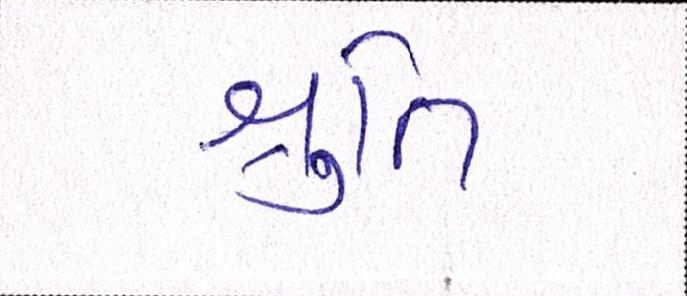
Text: શ્રુતિ